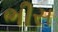
ભીસ